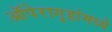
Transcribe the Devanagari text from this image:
ऑपेरागृहांमध्ये